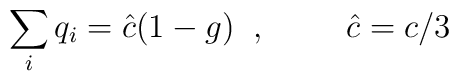
\sum_i q_i = {\hat c} (1-g) \; \; , \hspace{1cm} {\hat c} = c/3